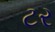
ટર